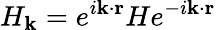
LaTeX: H_{\mathbf{k}}=e^{i\mathbf{k}\cdot\mathbf{r}}He^{-i\mathbf{k}\cdot\mathbf{r}}